Document type: Sale
Year: 1275
Scribe: Salvador de Baiona
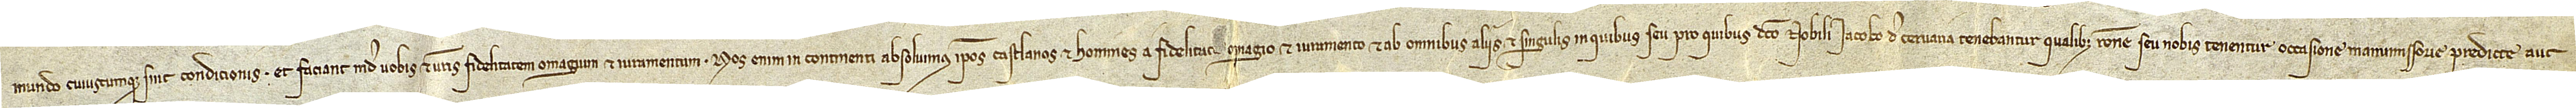
/ mundo cuiuscumque sint condicionis, et faciant inde vobis et vestris fidelitatem, omagium et iuramentum. Nos enim in continenti absolvimus ipsos castlanos et homines a fidelitat[is] omagio et iuramento et ab omnibus aliis et singulis in quibus seu pro quibus dicto nobili Iacobo de Cervaria tenebantur qualibet ratione seu nobis tenentur occasione manumissorie predicte aut